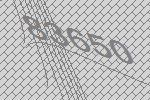
83650